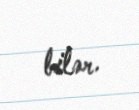
bilər.